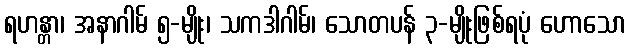
ရဟန္တာ၊ အနာဂါမ် ၅-မျိုး၊ သကဒါဂါမ်၊ သောတပန် ၃-မျိုးဖြစ်ရပုံ ဟောသော